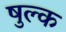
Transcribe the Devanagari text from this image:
षुल्क